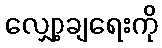
လျှော့ချရေးကို